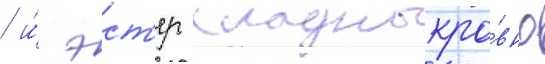
/ и́ эст'ер хладнокро́вно